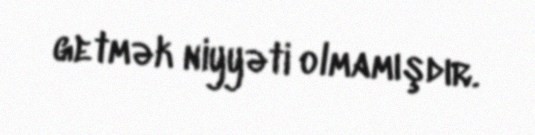
getmək niyyəti olmamışdır.